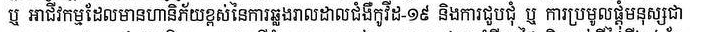
ឬ អាជីវកម្មដែលមានហានិភ័យខ្ពស់នៃការឆ្លងរាលដាលជំងឺកូវីដ-១៩ និងការជួបជុំ ឬ ការប្រមូលផ្ដុំមនុស្សជា